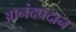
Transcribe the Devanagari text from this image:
आनंदप्रदान